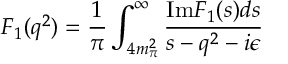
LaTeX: F _ { 1 } ( q ^ { 2 } ) = { \frac { 1 } { \pi } } \int _ { 4 m _ { \pi } ^ { 2 } } ^ { \infty } { \frac { \mathrm { I m } F _ { 1 } ( s ) d s } { s - q ^ { 2 } - i \epsilon } }